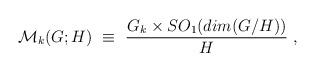
LaTeX: \begin{align*}{\cal M}_k(G;H) ~\equiv~{{G_k \times SO_1(dim(G/H))} \over H} \ ,\end{align*}